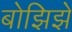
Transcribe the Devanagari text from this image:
बोझिझे